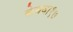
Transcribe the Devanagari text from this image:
केधवा१७